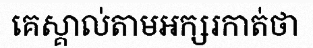
គេស្គាល់តាមអក្សរកាត់ថា